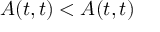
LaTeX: A ( t , t ) < A ( t , t )